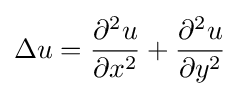
\Delta u={\frac {\partial ^{2}u}{\partial x^{2}}}+{\frac {\partial ^{2}u}{\partial y^{2}}}